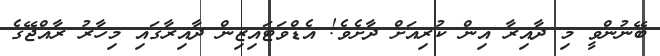
ބޭނުންވީ މި ދާއިރާ އިން ކުރިއަށް ދާށެވެ! އެޑްވަޓައިޒިން ދާއިރާގައި މިހާރު ރާއްޖޭގެ